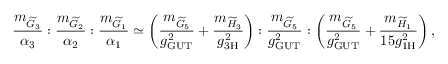
\frac { m _ { \widetilde { G } _ { 3 } } } { \alpha _ { 3 } } : \frac { m _ { \widetilde { G } _ { 2 } } } { \alpha _ { 2 } } : \frac { m _ { \widetilde { G } _ { 1 } } } { \alpha _ { 1 } } \simeq \left( \frac { m _ { \widetilde { G } _ { 5 } } } { g _ { \mathrm { G U T } } ^ { 2 } } + \frac { m _ { \widetilde { H } _ { 3 } } } { g _ { \mathrm { 3 H } } ^ { 2 } } \right) : \frac { m _ { \widetilde { G } _ { 5 } } } { g _ { \mathrm { G U T } } ^ { 2 } } : \left( \frac { m _ { \widetilde { G } _ { 5 } } } { g _ { \mathrm { G U T } } ^ { 2 } } + \frac { m _ { \widetilde { H } _ { 1 } } } { 1 5 g _ { \mathrm { 1 H } } ^ { 2 } } \right) ,